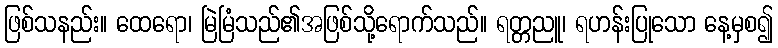
ဖြစ်သနည်း။ ထေရော၊ မြဲမြံသည်၏အဖြစ်သို့ရောက်သည်။ ရတ္တညူ၊ ရဟန်းပြုသော နေ့မှစ၍